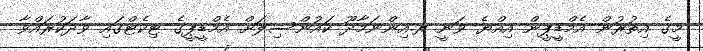
މީގެ އިތުރުން އެމްޑީޕީން އިއްޔެ ވަނީ ރ.އިންނަމާދޫ ކައުންސިލަށް އެމްޑީޕީގެ ޓިކެޓްގައި ވާދަކުރައްވާ